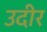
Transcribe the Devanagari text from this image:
उदीर